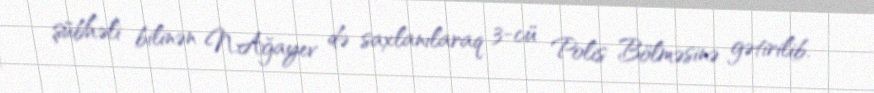
şübhəli bilinən N.Ağayev də saxlanılaraq 3-cü Polis Bölməsinə gətirilib.